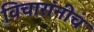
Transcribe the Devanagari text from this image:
विचारांनीच